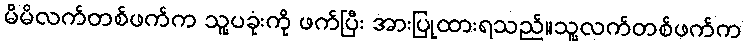
မိမိလက်တစ်ဖက်က သူ့ပခုံးကို ဖက်ပြီး အားပြုထားရသည်။သူ့လက်တစ်ဖက်က